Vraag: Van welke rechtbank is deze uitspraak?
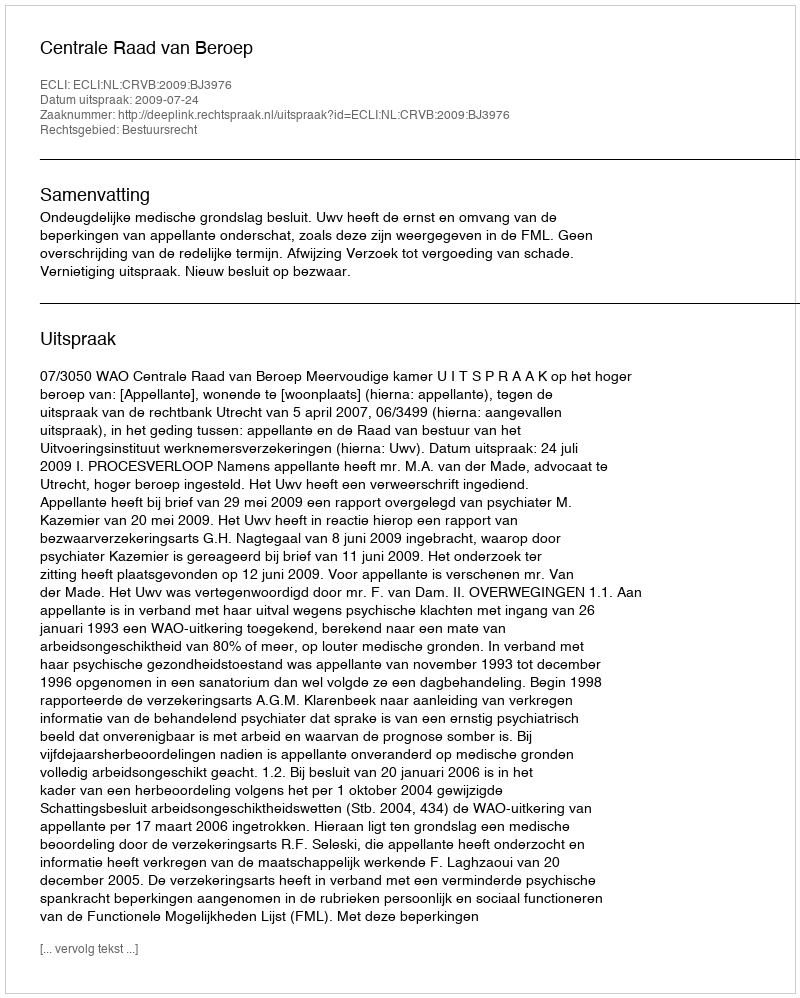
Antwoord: Centrale Raad van Beroep